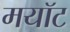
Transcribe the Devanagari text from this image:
मयॉट